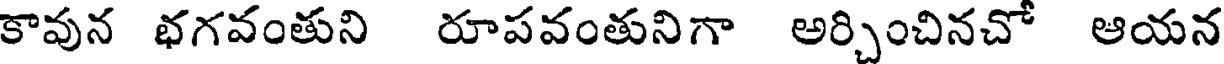
కావున భగవంతుని రూపవంతునిగా అర్చించినచో ఆయన